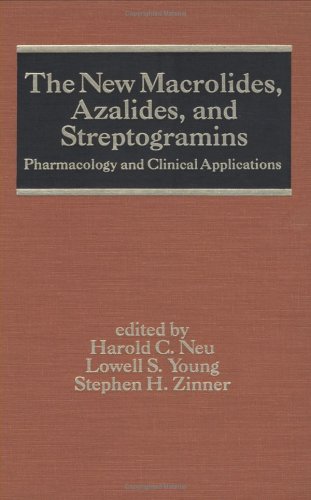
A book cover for The New Macrolides: Azalides and Streptogramins: Pharmacology and Clinical Applications (Infectious Disease and Therapy); C. Neu Harold; Medical Books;